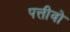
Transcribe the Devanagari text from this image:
पत्तीवो